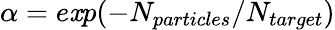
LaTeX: \alpha=e\mathit{x}p(-N_{particles}/N_{target})